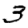
Digit: 3